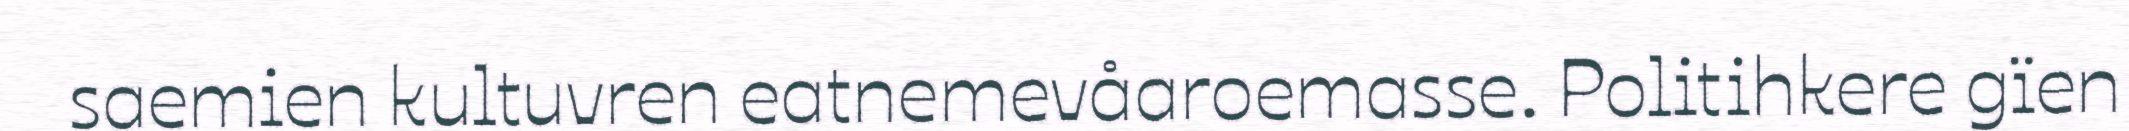
saemien kultuvren eatnemevåaroemasse. Politihkere gïen